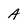
Character: A